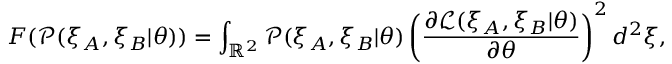
F ( \mathcal { P } ( \xi _ { A } , \xi _ { B } | \theta ) ) = \int _ { \mathbb { R } ^ { 2 } } \mathcal { P } ( \xi _ { A } , \xi _ { B } | \theta ) \left( \frac { \partial \mathcal { L } ( \xi _ { A } , \xi _ { B } | \theta ) } { \partial \theta } \right) ^ { 2 } d ^ { 2 } \boldsymbol { \xi } ,